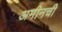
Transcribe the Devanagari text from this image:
अमीनची